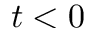
t < 0